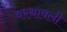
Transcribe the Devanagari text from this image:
बरथावली